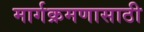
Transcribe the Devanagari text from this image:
मार्गक्रमणासाठी